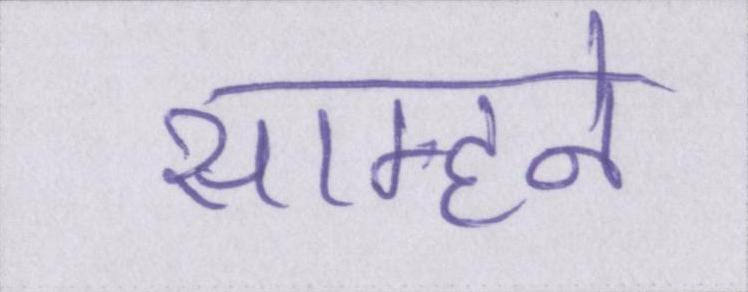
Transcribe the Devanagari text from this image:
साम्हने